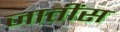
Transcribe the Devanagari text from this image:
जातींस